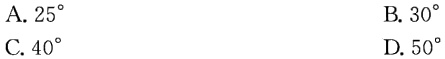
A. \(25^{\circ}\)

B. \(30^{\circ}\)

C. \(40^{\circ}\)

D. \(50^{\circ}\)